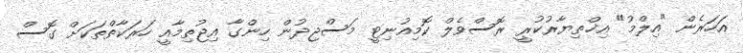
އަހަރެން "އިލްމު" އިޚްތިޔާރުކުރީ ރޮސްވެލް ކޮމިއުނިޓީ މަސްޖިދުން ހިންގާ އިޖުތިމާއީ ހަރަކާތްތަކަށް ގޮސް